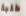
طلبة